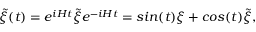
{ \widetilde \xi } ( t ) = e ^ { i H t } { \widetilde \xi } e ^ { - i H t } = s i n ( t ) \xi + c o s ( t ) { \widetilde \xi } ,